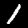
Digit: 1